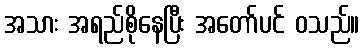
အသား အရည်စိုနေပြီး အတော်ပင် ဝသည်။